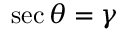
\sec \theta = \gamma